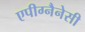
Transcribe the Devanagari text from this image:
एपीग्नैनेसी